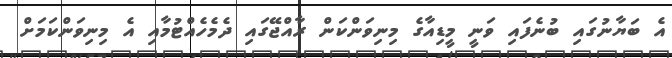
އެ ބަޔާނުގައި ބުނެފައި ވަނީ މީޑިއާގެ މިނިވަންކަން ރާއްޖޭގައި ދެމެހެއްޓުމާއި އެ މިނިވަންކަމަށް